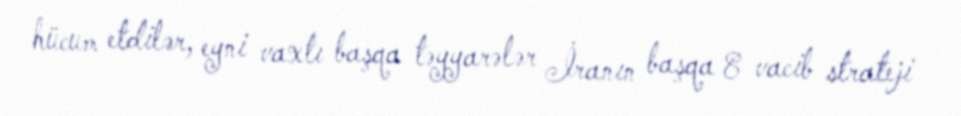
hücum etdilər, eyni vaxtı başqa təyyarələr İranın başqa 8 vacib strateji